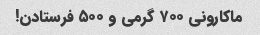
ماکارونی ۷۰۰ گرمی و ۵۰۰ فرستادن!